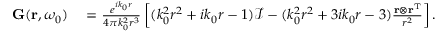
\begin{array} { r l } { { \bf G } ( { \bf r } , \omega _ { 0 } ) } & { { } = \frac { e ^ { i k _ { 0 } r } } { 4 \pi k _ { 0 } ^ { 2 } r ^ { 3 } } \left[ ( k _ { 0 } ^ { 2 } r ^ { 2 } + i k _ { 0 } r - 1 ) \mathcal { I } - ( k _ { 0 } ^ { 2 } r ^ { 2 } + 3 i k _ { 0 } r - 3 ) \frac { { \bf r } \otimes { \bf r } ^ { \mathrm { T } } } { r ^ { 2 } } \right] . } \end{array}